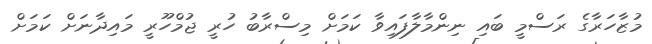
މުޒާހަރާގެ ރަސްމީ ބައި ނިންމާލާފައިވާ ކަމަށް މިސްރާބު ހުރީ ޖުމްހޫރީ މައިދާނަށް ކަމަށް